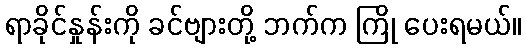
ရာခိုင်နှုန်းကို ခင်ဗျားတို့ ဘက်က ကြို ပေးရမယ်။